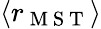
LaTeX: \langle r_{\mathrm{~M~S~T~}}\rangle